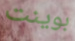
بوينت